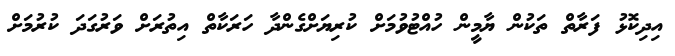
އިދިިިކޮޅު ފަރާތް ތަކުން ޔާމީން ހުއްޓުވުމަށް ކުރިޔަށްގެންދާ ހަރަކާތް އިތުރަށް ވަރުގަދަ ކުރުމަށް